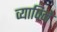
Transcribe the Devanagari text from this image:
व्यापिने